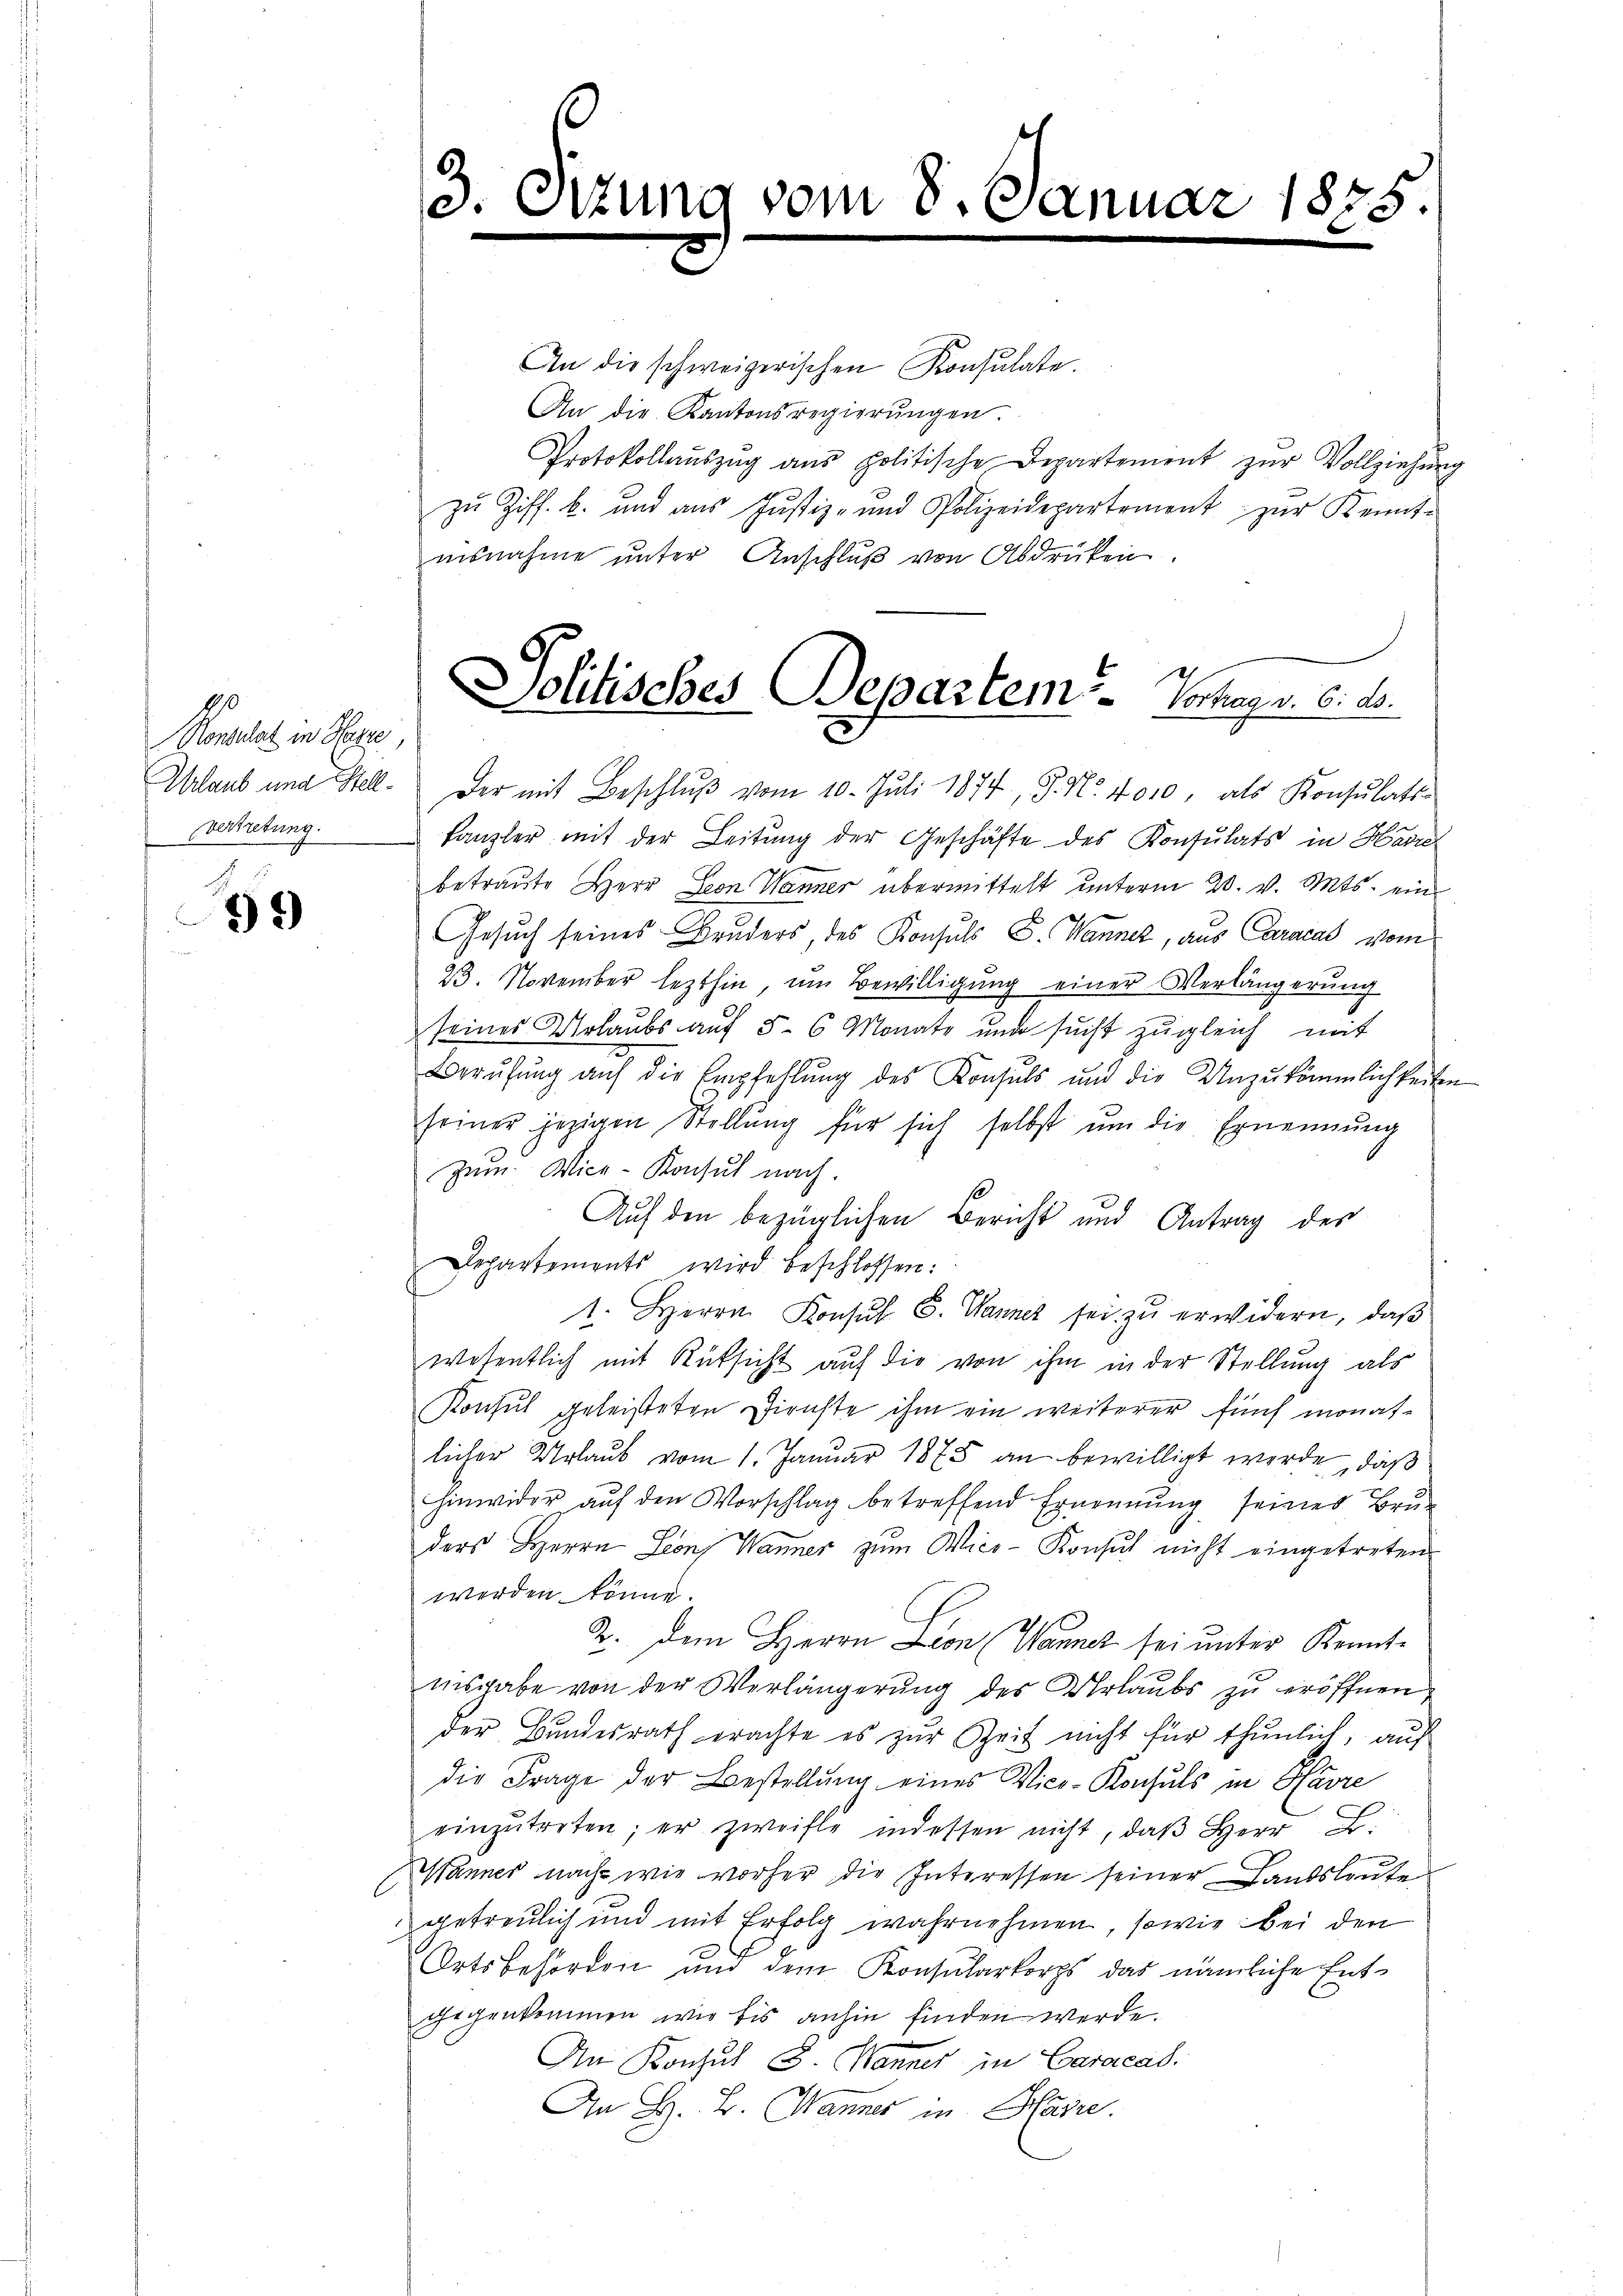
Konsulat in Herze,
vertretung.

39

3.

vom 8. Se

An die schweizerischen Konsulate.
An die Kantonsregierŭngen.
Protokollaŭszŭg aŭs politische Departement zŭr Vollziehŭng
zŭ Ziff. b. und aŭs Jŭstiz- und Polizeidepartement zŭr Kennt-
usnahme unter Anschluß von Abdrücken.
Urlaub und Stell. Der mit Beschlŭβ vom 10. Juli 1874, P. Nr. 4010, als Konsulats-
kanzler mit der Leitung der Geschäfte des Konsulats in Havre
betraute Herr Leon Wanner übermittelt unterm 20. v. Mts. ein
Gesuch seines Bruders, des Konsuls C. Wannez, aus Caraca vom
23. November lezthin, um Bewilligŭng einer Verlängerung
seines Urlaubs aŭf 5-6 Monate und sucht zŭgleich mit
Berufung auf die Empfehlung des Konsuls und die Unzukömmlichkeiten
seiner jezigen Stellŭng für sich selbst um die Ernennung
zum Vice-Konsul nach.
Auf den bezüglichen Bericht und Antrag des
Departements wird beschlossen:
1. Herrn Konsul S. Warner sei zu erwidern, daß
wesentlich mit Rüksicht auf die von ihm in der Stellung als
Konsul geleisteten Dienste ihm ein weiterer fünf monatlicher Urlaub vom 1. Januar 1875 an bewilligt werde, daß
hinwider auf den Vorschlag betreffend Ernennung seines Bruders Herrn Leons Wanner zum Vice-Konsul nicht eingetreten
werden könne.
2. Dem Herrn Lion (Wannet sei unter Kenntnisgabe von der Verlängerung des Urlaubs zu eröffnen,
der Bundesrath erachte es zur Zeit nicht für thunlich, auf
die Frage der Bestellung eines Vice-Konsuls in Havre
einzŭtreten; er zweifle indessen nicht, daβ Herr
Wannes nach wie vorher die Interessen seiner Landsleute
getreulich und mit Erfolg wahrnehmen, sowie bei den
Ortsbehörden und dem Konsularkorps das nämliche Entgegenkommen wir bis anhin finden werde.
An Konsul S. Manner in Caracad
An H. B. Manner in Hase

Jolitisches Departem Vortrag v. 6. d.

1875
e